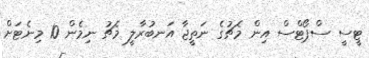
ޓީސީ ސްޕޯޓްސް އިން މެޗުގެ ނަތީޖާ އަނބުރާލީ މެޗު ނިމެން 10 މިނެޓަށް